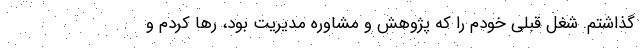
گذاشتم. شغل قبلی خودم را که پژوهش و مشاوره مدیریت بود، رها کردم و